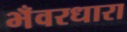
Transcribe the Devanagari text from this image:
भँवरधारा